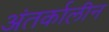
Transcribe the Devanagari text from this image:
अंतर्कालीन